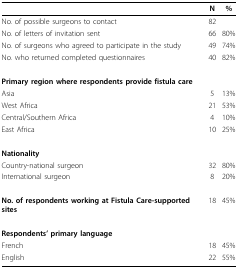
<table><thead><tr><td></td><td><b>N</b></td><td><b>%</b></td></tr></thead><tbody><tr><td>No. of possible surgeons to contact</td><td>82</td><td></td></tr><tr><td>No. of letters of invitation sent</td><td>66</td><td>80%</td></tr><tr><td>No. of surgeons who agreed to participate in the study</td><td>49</td><td>74%</td></tr><tr><td>No. who returned completed questionnaires</td><td>40</td><td>82%</td></tr><tr><td colspan="3"><b>Primary region where respondents provide fistula care</b></td></tr><tr><td>Asia</td><td>5</td><td>13%</td></tr><tr><td>West Africa</td><td>21</td><td>53%</td></tr><tr><td>Central/Southern Africa</td><td>4</td><td>10%</td></tr><tr><td>East Africa</td><td>10</td><td>25%</td></tr><tr><td><b>Nationality</b></td><td></td><td></td></tr><tr><td>Country-national surgeon</td><td>32</td><td>80%</td></tr><tr><td>International surgeon</td><td>8</td><td>20%</td></tr><tr><td><b>No. of respondents working at Fistula Care-supported sites</b></td><td>18</td><td>45%</td></tr><tr><td><b>Respondents&#x27; primary language</b></td><td></td><td></td></tr><tr><td>French</td><td>18</td><td>45%</td></tr><tr><td>English</td><td>22</td><td>55%</td></tr></tbody></table>